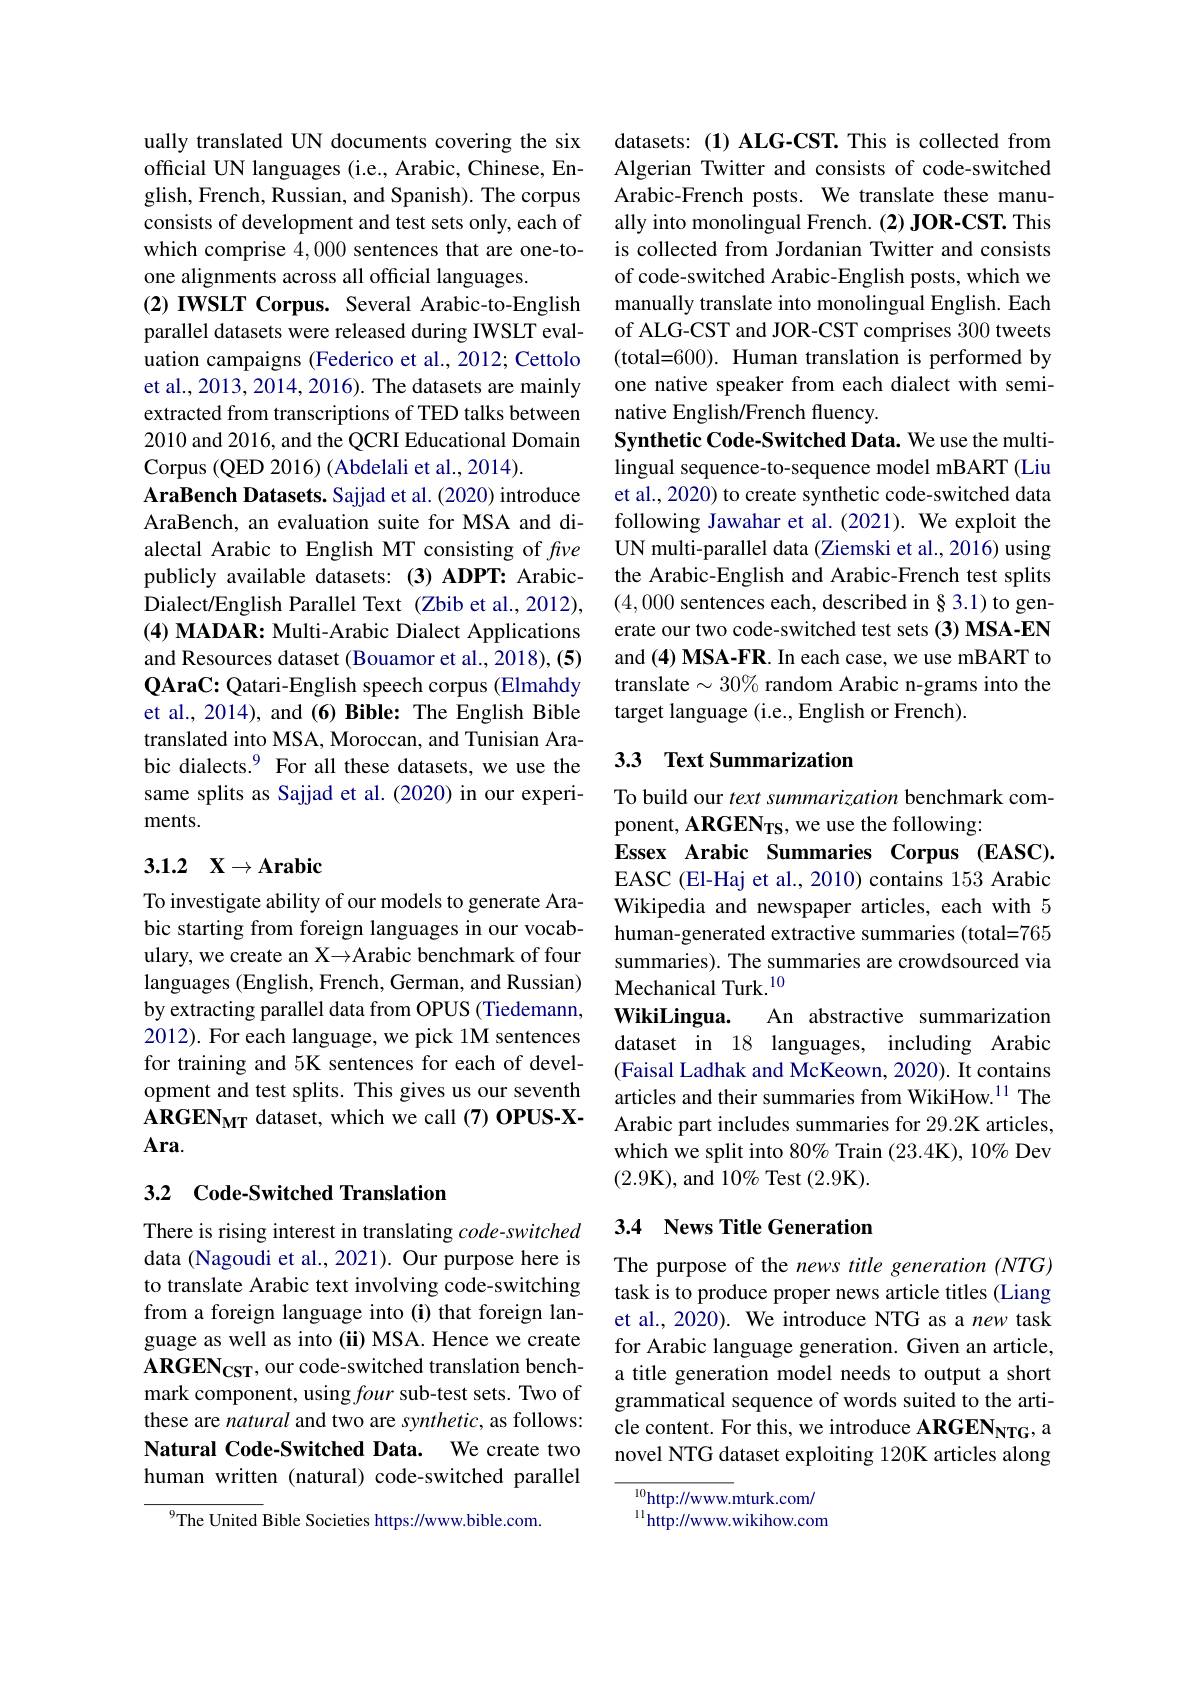
ually translated UN documents covering the six official UN languages (i.e., Arabic, Chinese, English, French, Russian, and Spanish). The corpus consists of development and test sets only, each of which comprise 4,000 sentences that are one-toone alignments across all official languages.
(2) IWSLT Corpus. Several Arabic-to-English parallel datasets were released during IWSLT evaluation campaigns (Federico et al., 2012; Cettolo et al., 2013, 2014, 2016). The datasets are mainly extracted from transcriptions of TED talks between 2010 and 2016, and the QCRI Educational Domain Corpus (QED 2016) (Abdelali et al., 2014).
AraBench Datasets. Sajjad et al. (2020) introduce AraBench, an evaluation suite for MSA and dialectal Arabic to English MT consisting of five publicly available datasets: (3) ADPT: ArabicDialect/English Parallel Text (Zbib et al., 2012), (4) MADAR: Multi-Arabic Dialect Applications and Resources dataset (Bouamor et al., 2018), (5) QAraC: Qatari-English speech corpus (Elmahdy et al., 2014), and (6) Bible: The English Bible translated into MSA, Moroccan, and Tunisian Arabic dialects.$^{9}$ For all these datasets, we use the same splits as Sajjad et al. (2020) in our experiments.

## 3.1.2 $\mathbf{X} \to \mathbf{Arabic}$

To investigate ability of our models to generate Arabic starting from foreign languages in our vocabulary, we create an X→Arabic benchmark of four languages (English, French, German, and Russian) by extracting parallel data from OPUS (Tiedemann, 2012). For each language, we pick 1M sentences for training and 5K sentences for each of development and test splits. This gives us our seventh $\mathbf{ARGEN}_{\mathrm{MT}}$ dataset, which we call (7) OPUS-X- $\mathbf{Ara}.$

### 3.2 Code-Switched Translation

There is rising interest in translating $code-switched$ data (Nagoudi et al., 2021). Our purpose here is to translate Arabic text involving code-switching from a foreign language into(i) that foreign language as well as into (ii) MSA. Hence we create $ARGEN_{\mathrm{CST}}, our code-switched translation bench-$ mark component, using four sub-test sets. Two of these are natural and two are synthetic, as follows: Natural Code-Switched Data. We create two human written (natural) code-switched parallel

$^{9}$The United Bible Societies https://www.bible.com

datasets: (1) ALG-CST. This is collected from Algerian Twitter and consists of code-switched Arabic-French posts. We translate these manually into monolingual French. (2) JOR-CST. This is collected from Jordanian Twitter and consists of code-switched Arabic-English posts, which we manually translate into monolingual English. Each of ALG-CST and JOR-CST comprises 300 tweets (total=600). Human translation is performed by one native speaker from each dialect with seminative English/French fluency.
Synthetic Code- Switched Data. We use the multilingual sequence-to-sequence model mBART (Liu et al., 2020) to create synthetic code-switched data following Jawahar et al.(2021). We exploit the UN multi-parallel data (Ziemski et al., 2016) using the Arabic-English and Arabic-French test splits (4,000 sentences each, described in § 3.1) to generate our two code-switched test sets (3) MSA-EN and (4) MSA-FR. In each case, we use mBART to translate $\sim30\%$ random Arabic n-grams into the target language (i.e., English or French).

## 3.3 Text Summarization

To build our text summarization benchmark com-
ponent, ARGEN$_{\mathbf{TS}}$, we use the following:
Essex Arabic Summaries Corpus (EASC). EASC (El-Haj et al., 2010) contains 153 Arabic Wikipedia and newspaper articles, each with 5 human-generated extractive summaries (total=765 summaries). The summaries are crowdsourced via Mechanical Turk.$^{10}$
WikiLingua.
An abstractive summarization
dataset in 18 languages, including Arabic (Faisal Ladhak and McKeown, 2020). It contains articles and their summaries from WikiHow.$^{11}$ The Arabic part includes summaries for 29.2K articles, which we split into 80% Train (23.4K), 10% Dev (2.9K),and 10% Test (2.9K).

## 3.4 News Title Generation

The purpose of the news title generation (NTG) task is to produce proper news article titles (Liang et al., 2020). We introduce NTG as a new task for Arabic language generation. Given an article, a title generation model needs to output a short grammatical sequence of words suited to the article content. For this, we introduce ARGEN$_\mathrm{NTG}$, a novel NTG dataset exploiting 120K articles along

$\overline{^{10}\mathrm{http://www.}}$mturk.com/ $^{11}$http://www.wikihow.com